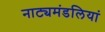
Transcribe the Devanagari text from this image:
नाट्यमंडलियां